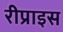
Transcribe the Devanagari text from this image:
रीप्राइस